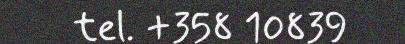
tel. +358 10839